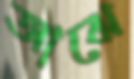
আঝে